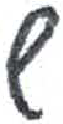
אות: ש